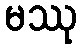
မဿု